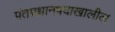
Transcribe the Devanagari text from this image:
पंतप्रधानपदाखालील